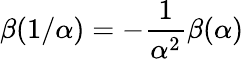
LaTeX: \beta(1/\alpha)=-\frac{1}{\alpha^{2}}\beta(\alpha)